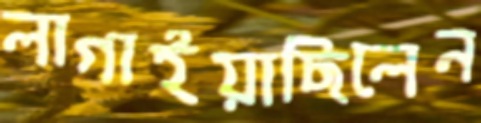
লাগাইয়াছিলেন